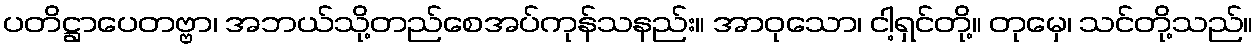
ပတိဋ္ဌာပေတဗ္ဗာ၊ အဘယ်သို့တည်စေအပ်ကုန်သနည်း။ အာဝုသော၊ ငါ့ရှင်တို့။ တုမှေ၊ သင်တို့သည်။